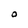
Character: O